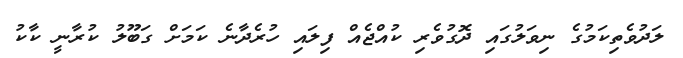
ލަދުވެތިކަމުގެ ނިވަލުގައި ދޮގުވެރި ކުއްޖެއް ފިލައި ހުރެދާނެ ކަމަށް ގަބޫލު ކުރާނީ ކާކު